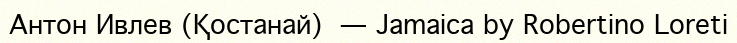
Антон Ивлев (Қостанай) — Jamaica by Robertino Loreti